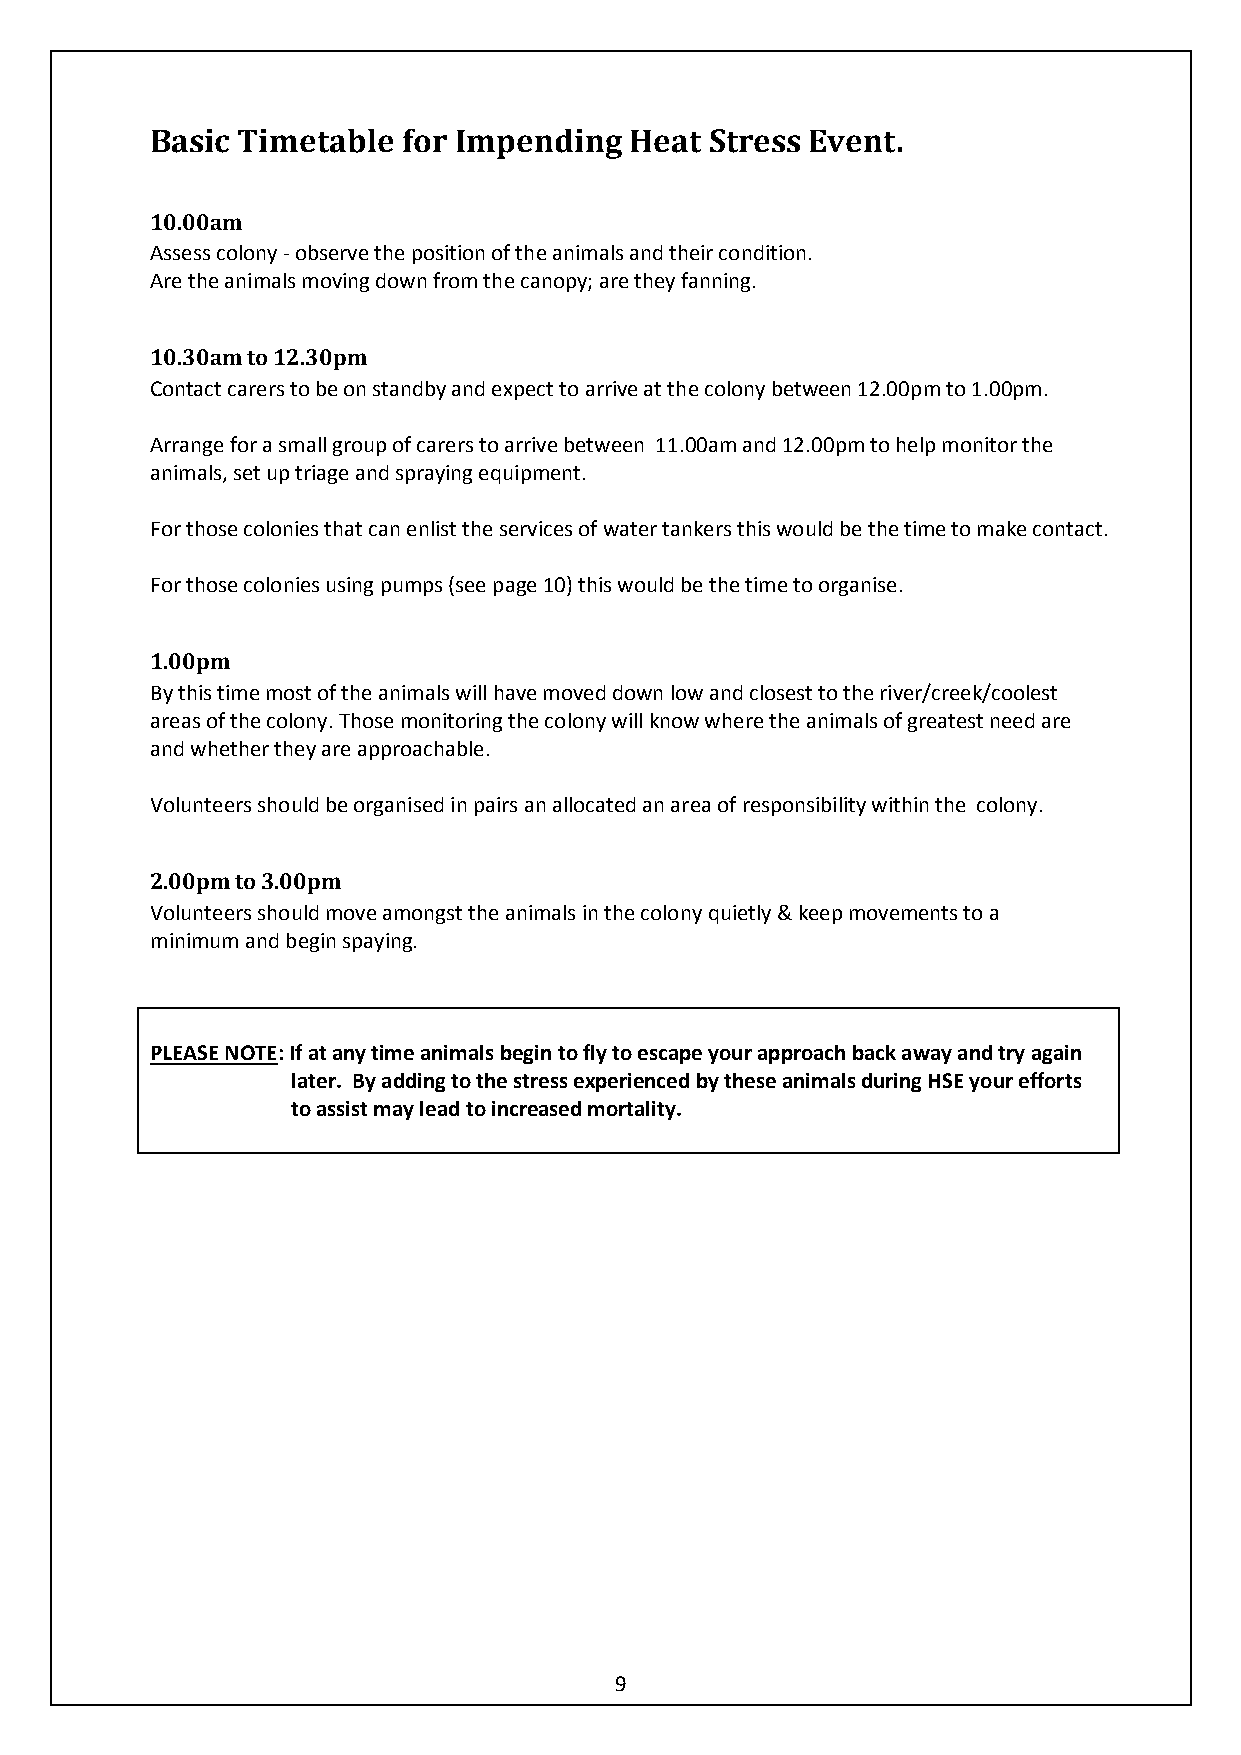
Basic Timetable  for Impending  Heat Stress Event.
 10.00am
 Assess colony - observe the position of the animals and their condition.
 Are the animals moving down from the canopy; are they fanning.
 10.30am to 12.30pm
 Contact carers to be on standby and expect to arrive at the colony between 12.00pm to 1.00pm.
 Arrange for a small group of carers to arrive between 11.00am and 12.00pm to help monitor the
 animals, set up triage and spraying equipment.
 For those colonies that can enlist the services of water tankers this would be the time to make contact.
 For those colonies using pumps (see page 10) this would be the time to organise.
 1.00pm
 By this time most of the animals will have moved down low and closest to the river/creek/coolest
 areas of the colony. Those monitoring the colony will know where the animals of greatest need are
 and whether they are approachable.
 Volunteers should be organised in pairs an allocated an area of responsibility within the colony.
 2.00pm to 3.00pm
 Volunteers should move amongst the animals in the colony quietly & keep movements to a
 minimum and begin spaying.
 PLEASE NOTE: If at any time animals begin to fly to escape your approach back away and try again
 later. By adding to the stress experienced by these animals during HSE your efforts
 to assist may lead to increased mortality.
 9